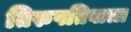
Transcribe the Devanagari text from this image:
तिरुपतिबाला